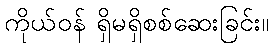
ကိုယ်ဝန် ရှိမရှိစစ်ဆေးခြင်း။